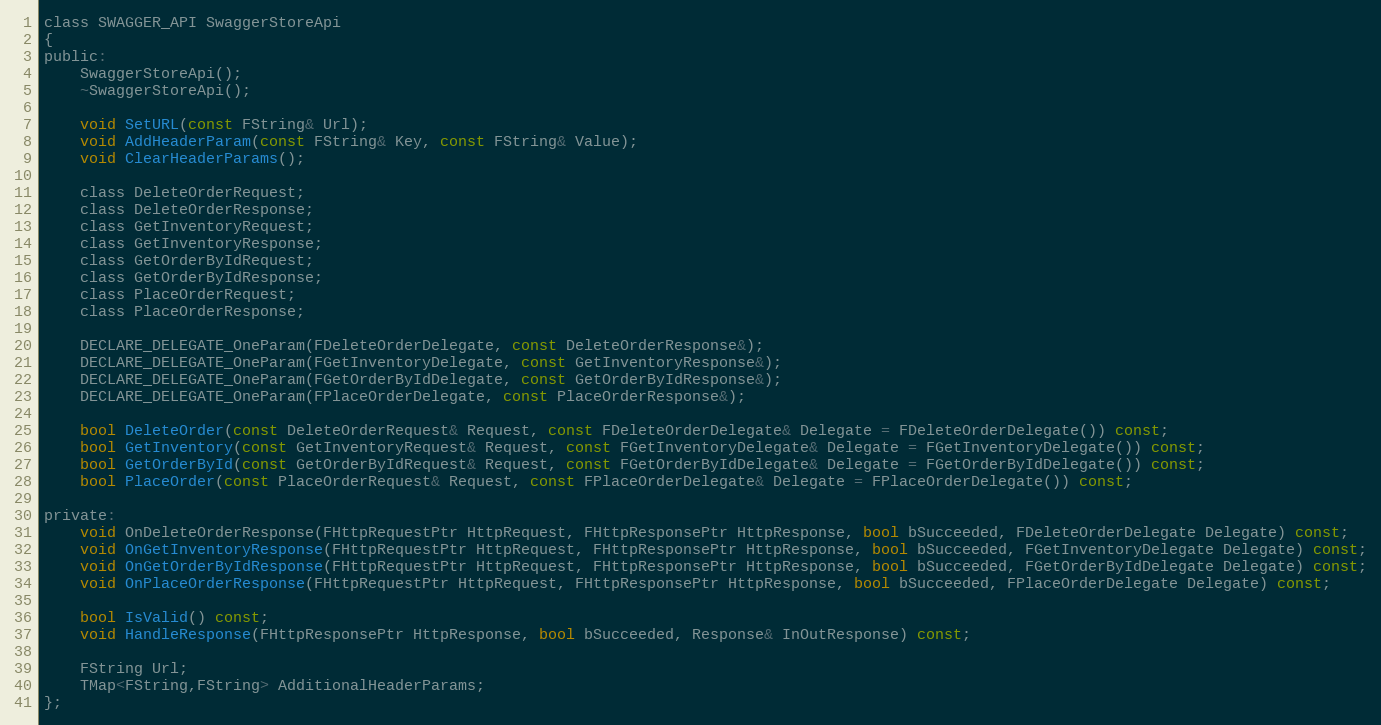
Language: C
class SWAGGER_API SwaggerStoreApi
{
public:
	SwaggerStoreApi();
	~SwaggerStoreApi();

	void SetURL(const FString& Url);
	void AddHeaderParam(const FString& Key, const FString& Value);
	void ClearHeaderParams();

	class DeleteOrderRequest;
	class DeleteOrderResponse;
	class GetInventoryRequest;
	class GetInventoryResponse;
	class GetOrderByIdRequest;
	class GetOrderByIdResponse;
	class PlaceOrderRequest;
	class PlaceOrderResponse;

    DECLARE_DELEGATE_OneParam(FDeleteOrderDelegate, const DeleteOrderResponse&);
    DECLARE_DELEGATE_OneParam(FGetInventoryDelegate, const GetInventoryResponse&);
    DECLARE_DELEGATE_OneParam(FGetOrderByIdDelegate, const GetOrderByIdResponse&);
    DECLARE_DELEGATE_OneParam(FPlaceOrderDelegate, const PlaceOrderResponse&);

    bool DeleteOrder(const DeleteOrderRequest& Request, const FDeleteOrderDelegate& Delegate = FDeleteOrderDelegate()) const;
    bool GetInventory(const GetInventoryRequest& Request, const FGetInventoryDelegate& Delegate = FGetInventoryDelegate()) const;
    bool GetOrderById(const GetOrderByIdRequest& Request, const FGetOrderByIdDelegate& Delegate = FGetOrderByIdDelegate()) const;
    bool PlaceOrder(const PlaceOrderRequest& Request, const FPlaceOrderDelegate& Delegate = FPlaceOrderDelegate()) const;

private:
    void OnDeleteOrderResponse(FHttpRequestPtr HttpRequest, FHttpResponsePtr HttpResponse, bool bSucceeded, FDeleteOrderDelegate Delegate) const;
    void OnGetInventoryResponse(FHttpRequestPtr HttpRequest, FHttpResponsePtr HttpResponse, bool bSucceeded, FGetInventoryDelegate Delegate) const;
    void OnGetOrderByIdResponse(FHttpRequestPtr HttpRequest, FHttpResponsePtr HttpResponse, bool bSucceeded, FGetOrderByIdDelegate Delegate) const;
    void OnPlaceOrderResponse(FHttpRequestPtr HttpRequest, FHttpResponsePtr HttpResponse, bool bSucceeded, FPlaceOrderDelegate Delegate) const;

	bool IsValid() const;
	void HandleResponse(FHttpResponsePtr HttpResponse, bool bSucceeded, Response& InOutResponse) const;

	FString Url;
	TMap<FString,FString> AdditionalHeaderParams;
};